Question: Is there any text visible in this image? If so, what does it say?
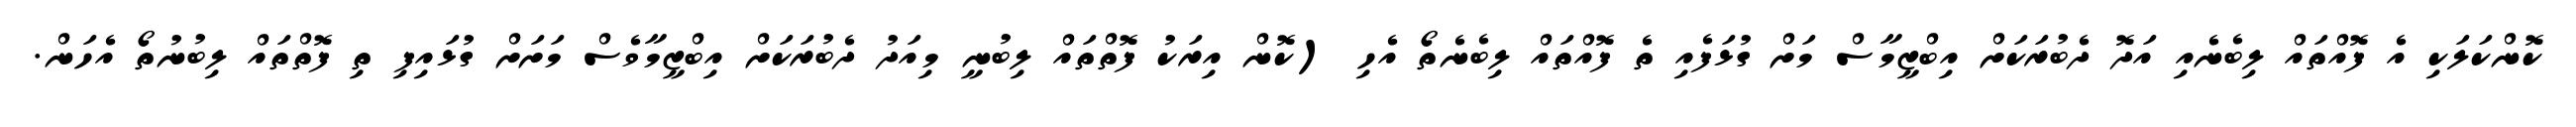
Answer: ކޮންކަލަކި އެ ފޮއްތައް ލިބެނެއި އަދޮ ދެބުރަކަށް އިބްޒީމާސް މަށް ގުޅަފެއި ތެ ފޮއްތައް ލިބެނެތޯ އެހި (ކޮން އިރަކު ފޮތްތައް ލިބުނީ މިއަދު ދެބުރަކަށް އިބްޒީމާވެސް މަށަށް ގުޅައިފި ތި ފޮތްތައް ލިބުނުތޯ އެހަން.